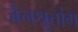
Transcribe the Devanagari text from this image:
जैनश्रुतांग